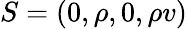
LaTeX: S=(0,\rho,0,\rho v)